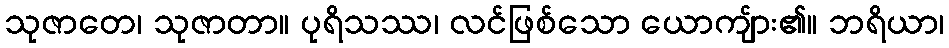
သုဇာတေ၊ သုဇာတာ။ ပုရိသဿ၊ လင်ဖြစ်သော ယောကျ်ား၏။ ဘရိယာ၊